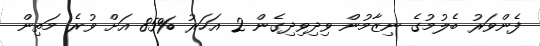
ފެންވަރު ބެލުމުގެ ނިޒާމުން ވިދިވިދިގެން 2 އަހަރު %85 އަށް ވުރެ މަތިން